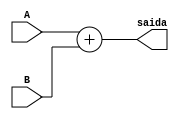
module ADD(
	input wire[31:0] A,
	input wire[31:0] B,
	output wire[31:0] saida
);

reg[31:0] soma;

always @ (A or B)
begin
	soma = (A + B);
end

assign saida = soma;

endmodule